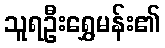
သူရဦးရွှေမန်း၏